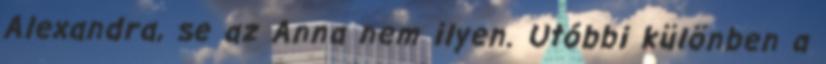
Alexandra, se az Anna nem ilyen. Utóbbi különben a